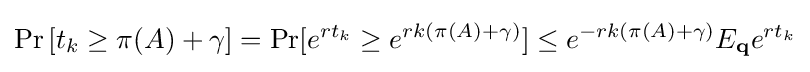
{\begin{alignedat}{2}\Pr \left[t_{k}\geq \pi (A)+\gamma \right]=\Pr[e^{rt_{k}}\geq e^{rk(\pi (A)+\gamma )}]\leq e^{-rk(\pi (A)+\gamma )}E_{\mathbf {q} }e^{rt_{k}}\end{alignedat}}